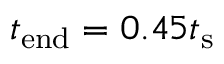
t _ { \mathrm { e n d } } = 0 . 4 5 t _ { \mathrm { s } }